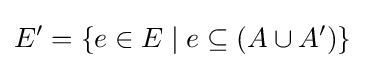
E'=\lbrace e\in E\mid e\subseteq (A\cup A')\rbrace